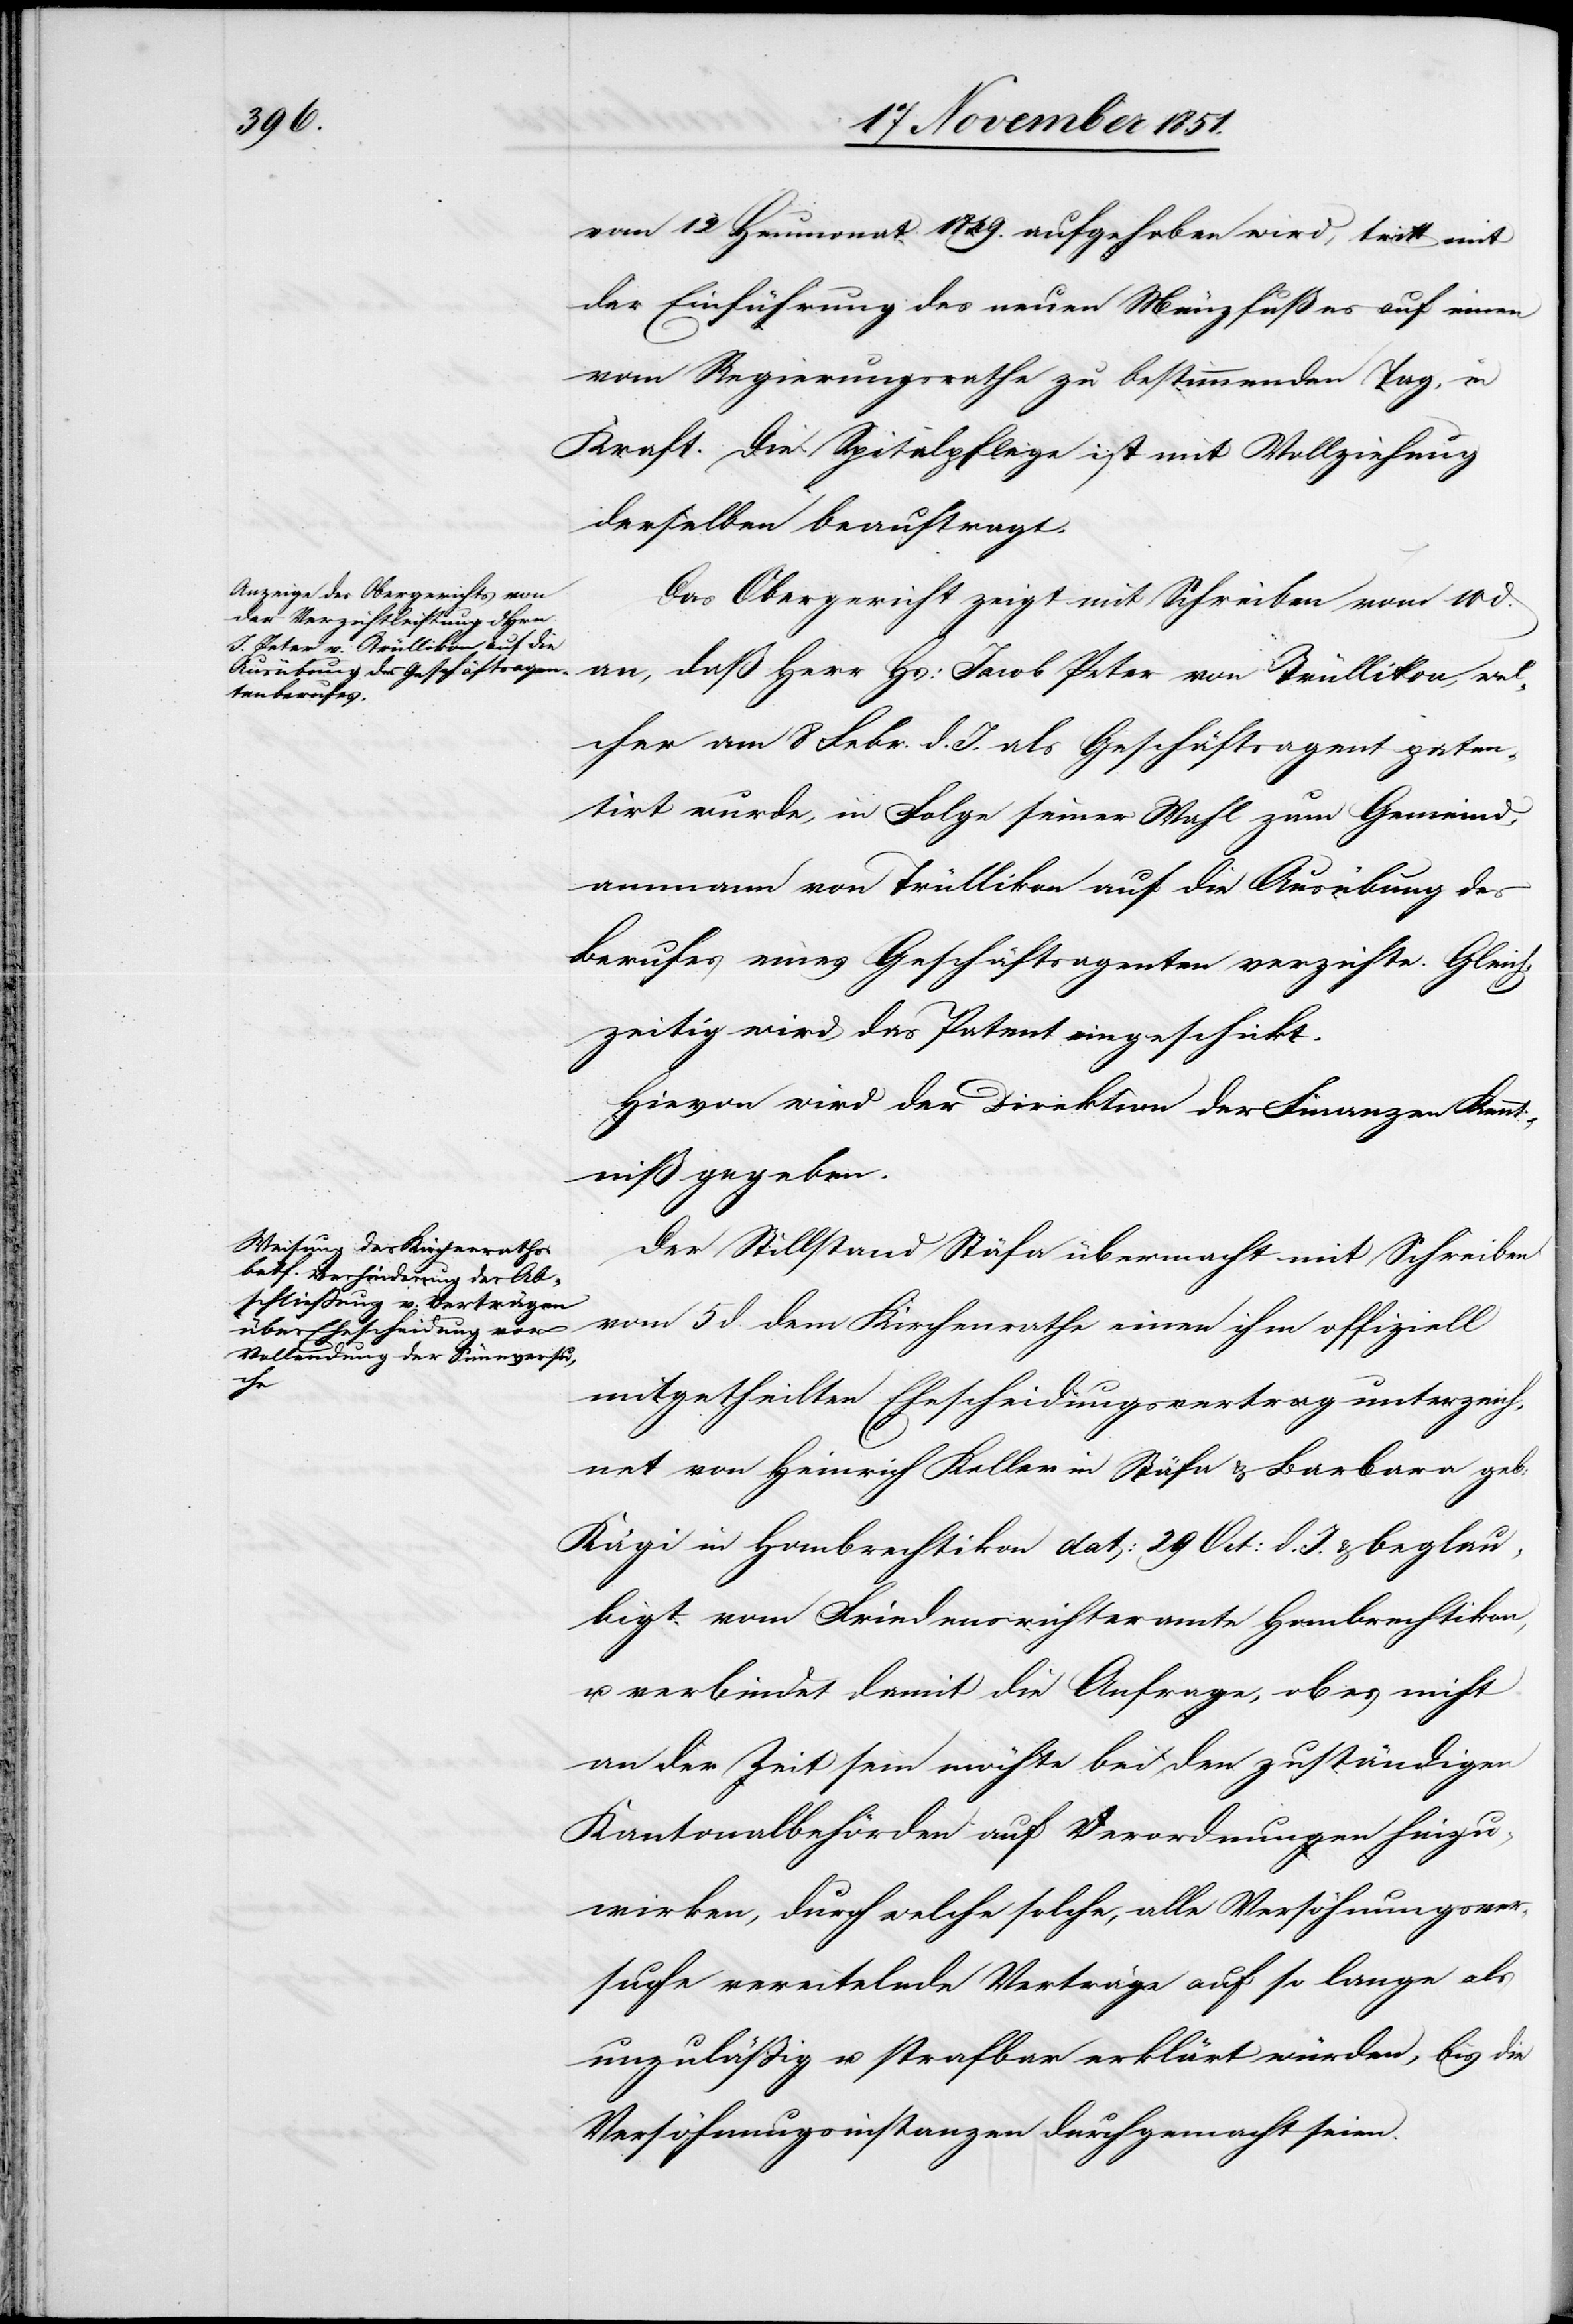
vom 12. Heumonat 1849. aufgehoben wird, tritt mit
der Einführung des neuen Münzfußes auf einen
vom Regierungsrathe zu bestimmenden Tag, in
Kraft. Die Spitalpflege ist mit Vollziehung
derselben beauftragt.
Das Obergericht zeigt mit Schreiben vom 10 d.
an, daß Herr Hs: Jacob Peter von Trüllikon, wel¬
cher am 8 Febr. d. J. als Geschäftsagent paten¬
tirt wurde, in Folge seiner Wahl zum Gemeind¬
ammann von Trüllikon auf die Ausübung des
Berufes eines Geschäftsagenten verzichte. Gleich¬
zeitig wird das Patent eingeschickt.
Hievon wird der Direktion der Finanzen Kennt¬
niß gegeben.
Der Stillstand Stäfa übermacht mit Schreiben
vom 5 d. dem Kirchenrathe einen ihm offiziell
mitgetheilten Ehescheidungsvertrag unterzeich¬
net von Heinrich Keller in Stäfa & Barbara geb:
Kägi in Hombrechtikon dat: 29 Oct: d. J. & beglau¬
bigt vom Friedensrichteramte Hombrechtikon,
u. verbindet damit die Anfrage, ob es nicht
an der Zeit sein möchte bei den zuständigen
Kantonalbehörden auf Verordnungen hinzu¬
wirken, durch welche solche, alle Verhöhnungsver¬
suche vereitelnde Verträge auf so lange als
unzuläßig u. strafbar erklärt würden, bis die
Versöhnungsinstanzen durchgemacht seien.